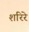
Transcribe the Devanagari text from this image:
शरिरे